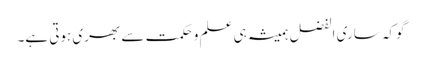
گوکہ ساری الفضل ہمیشہ ہی علم وحکمت سے بھری ہوتی ہے۔